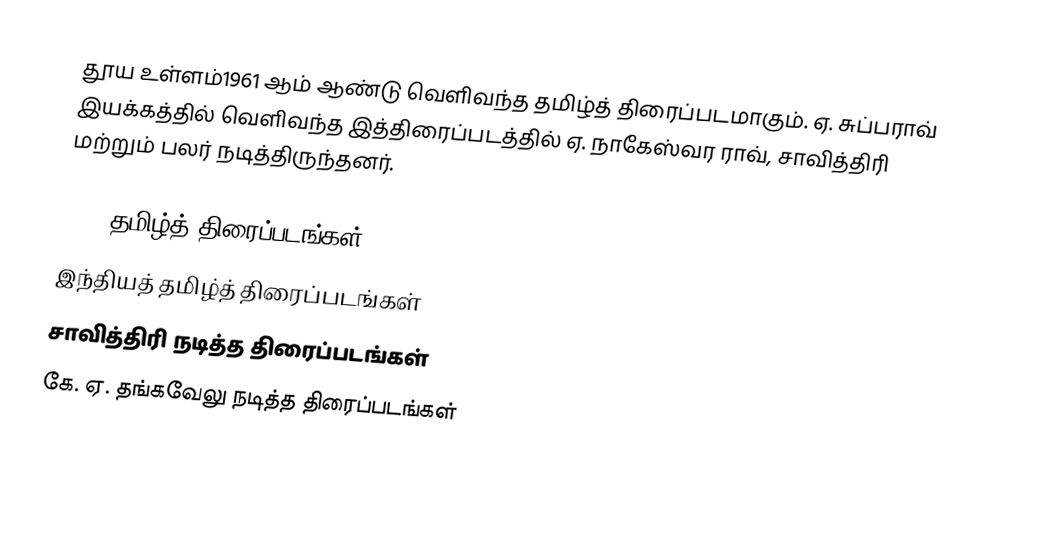
தூய உள்ளம்1961 ஆம் ஆண்டு வெளிவந்த தமிழ்த் திரைப்படமாகும். ஏ. சுப்பராவ் இயக்கத்தில் வெளிவந்த இத்திரைப்படத்தில் ஏ. நாகேஸ்வர ராவ், சாவித்திரி மற்றும் பலர் நடித்திருந்தனர்.

1961 தமிழ்த் திரைப்படங்கள்
இந்தியத் தமிழ்த் திரைப்படங்கள்
சாவித்திரி நடித்த திரைப்படங்கள்
கே. ஏ. தங்கவேலு நடித்த திரைப்படங்கள்